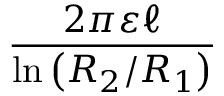
\frac { 2 \pi \varepsilon \ell } { \ln \left( R _ { 2 } / R _ { 1 } \right) }